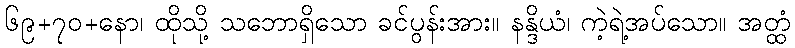
၆၉+၇၀+နော၊ ထိုသို့ သဘောရှိသော ခင်ပွန်းအား။ နန္ဒိယံ၊ ကဲ့ရဲ့အပ်သော။ အတ္ထံ